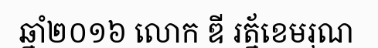
ឆ្នាំ២០១៦ លោក ឌី រត្ន័ខេមរុណ